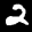
Label: 2